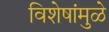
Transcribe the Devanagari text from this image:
विशेषांमुळे